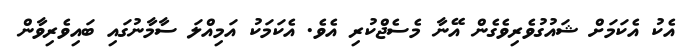
އެކު އެކަމަށް ޝައުގުވެރިވެގެން އޭނާ މެސެޖްކުރި އެވެ. އެކަމަކު އަމިއްލަ ސާމާނުގައި ބައިވެރިވާން